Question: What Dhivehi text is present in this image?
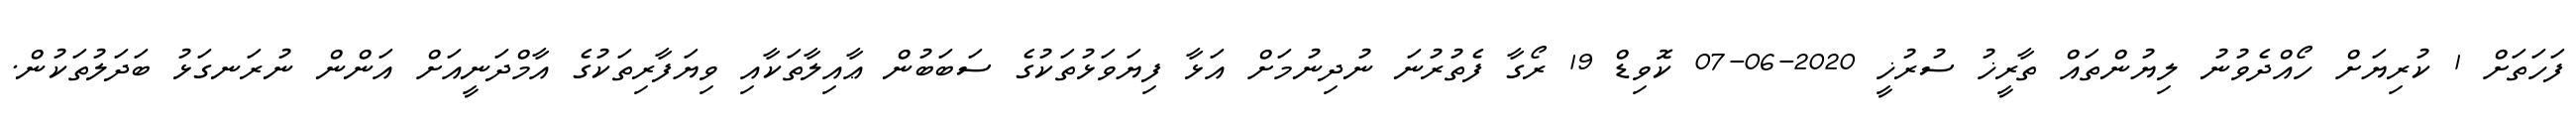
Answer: ފަހަތަށް 1 ކުރިޔަށް ހޯއްދެވުނު ލިޔުންތައް ތާރީޚު ސުރުޚީ 2020-06-07 ކޮވިޑް 19 ރޯގާ ފެތުރުނަ ނުދިނުމަށް އަޅާ ފިޔަވަޅުތަކުގެ ސަބަބުން ޢާއިލާތަކާއި ވިޔަފާރިތަކުގެ އާމްދަނީއަށް އަންން ނުރަނގަޅު ބަދަލުތަކުން.